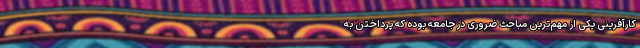
کارآفرینی یکی از مهم‌ترین مباحث ضروری در جامعه بوده که پرداختن به